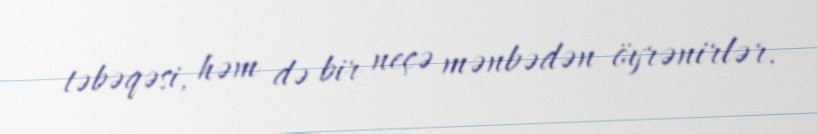
təbəqəsi, həm də bir neçə mənbədən öyrənirlər.